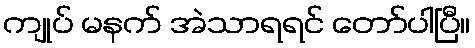
ကျုပ် မနက် အဲသာရရင် တော်ပါပြီ။